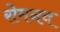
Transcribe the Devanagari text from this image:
रोमनव